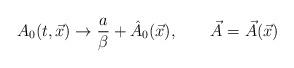
LaTeX: \begin{align*}A_{0}(t,\vec{x}) \rightarrow {a\over \beta} + \hat{A}_{0}(\vec{x}),\qquad \vec{A} =\vec{A}(\vec{x})\end{align*}